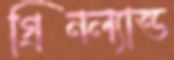
গ্রিনল্যান্ড